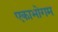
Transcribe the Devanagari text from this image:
एकाभोगम